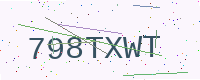
Text: 798TXWT